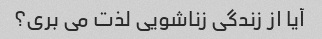
آیا از زندگی زناشویی لذت می بری؟